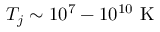
T _ { j } \sim 1 0 ^ { 7 } - 1 0 ^ { 1 0 } ~ \mathrm { { K } }